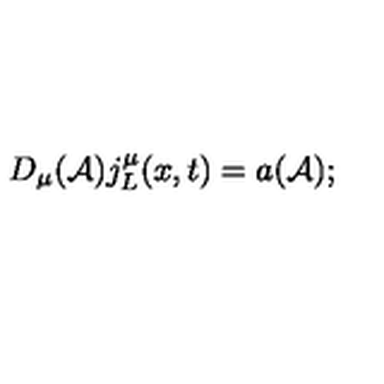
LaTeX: D _ { \mu } ( { \cal A } ) j _ { L } ^ { \mu } ( x , t ) = a ( { \cal A } ) ;